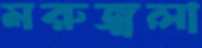
মরুজ্বলা